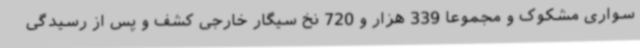
سواری مشکوک و مجموعاً 339 هزار و 720 نخ سیگار خارجی کشف و پس از رسیدگی